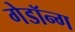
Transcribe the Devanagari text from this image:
गेडॉन्ग